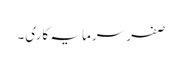
صفر سرمایہ کاری۔